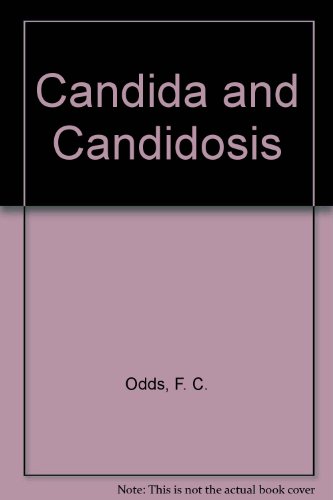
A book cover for Candida and Candidosis; F. C. Odds; Health, Fitness & Dieting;